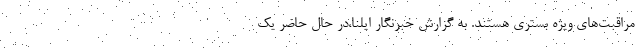
مراقبت‌های ویژه بستری هستند. به گزارش خبرنگار ایلنا،در حال حاضر یک